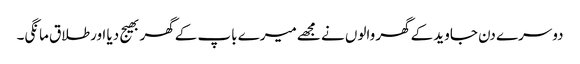
دوسرے دن جاوید کےگھر والوں نے مجھےمیرے باپ کےگھر بھیج دیا اورطلاق مانگی۔